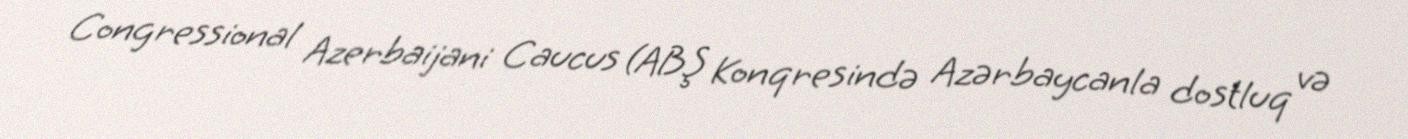
Congressional Azerbaijani Caucus (ABŞ Konqresində Azərbaycanla dostluq və